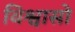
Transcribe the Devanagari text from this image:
विश्वासो